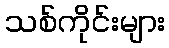
သစ်ကိုင်းများ